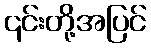
၎င်းတို့အပြင်